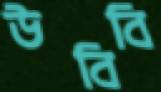
উবিবি